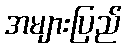
အများပြည်